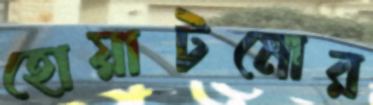
হোয়াটমোর